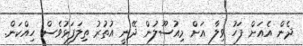
ދެން އެއަށް ފަހު ވިލާ އަށް މިއުސޫލުން ދޭނީ އުތުރު ތިލަފަޅުވެސް ހިއްކަން.